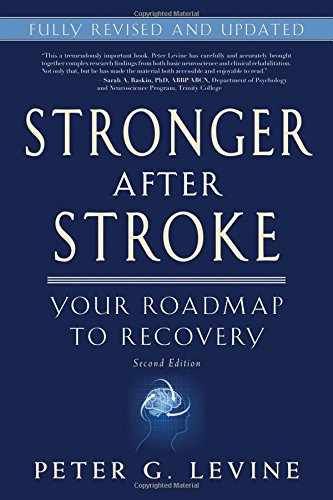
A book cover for Stronger After Stroke: Your Roadmap to Recovery, 2nd Edition; Peter G. Levine; Health, Fitness & Dieting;